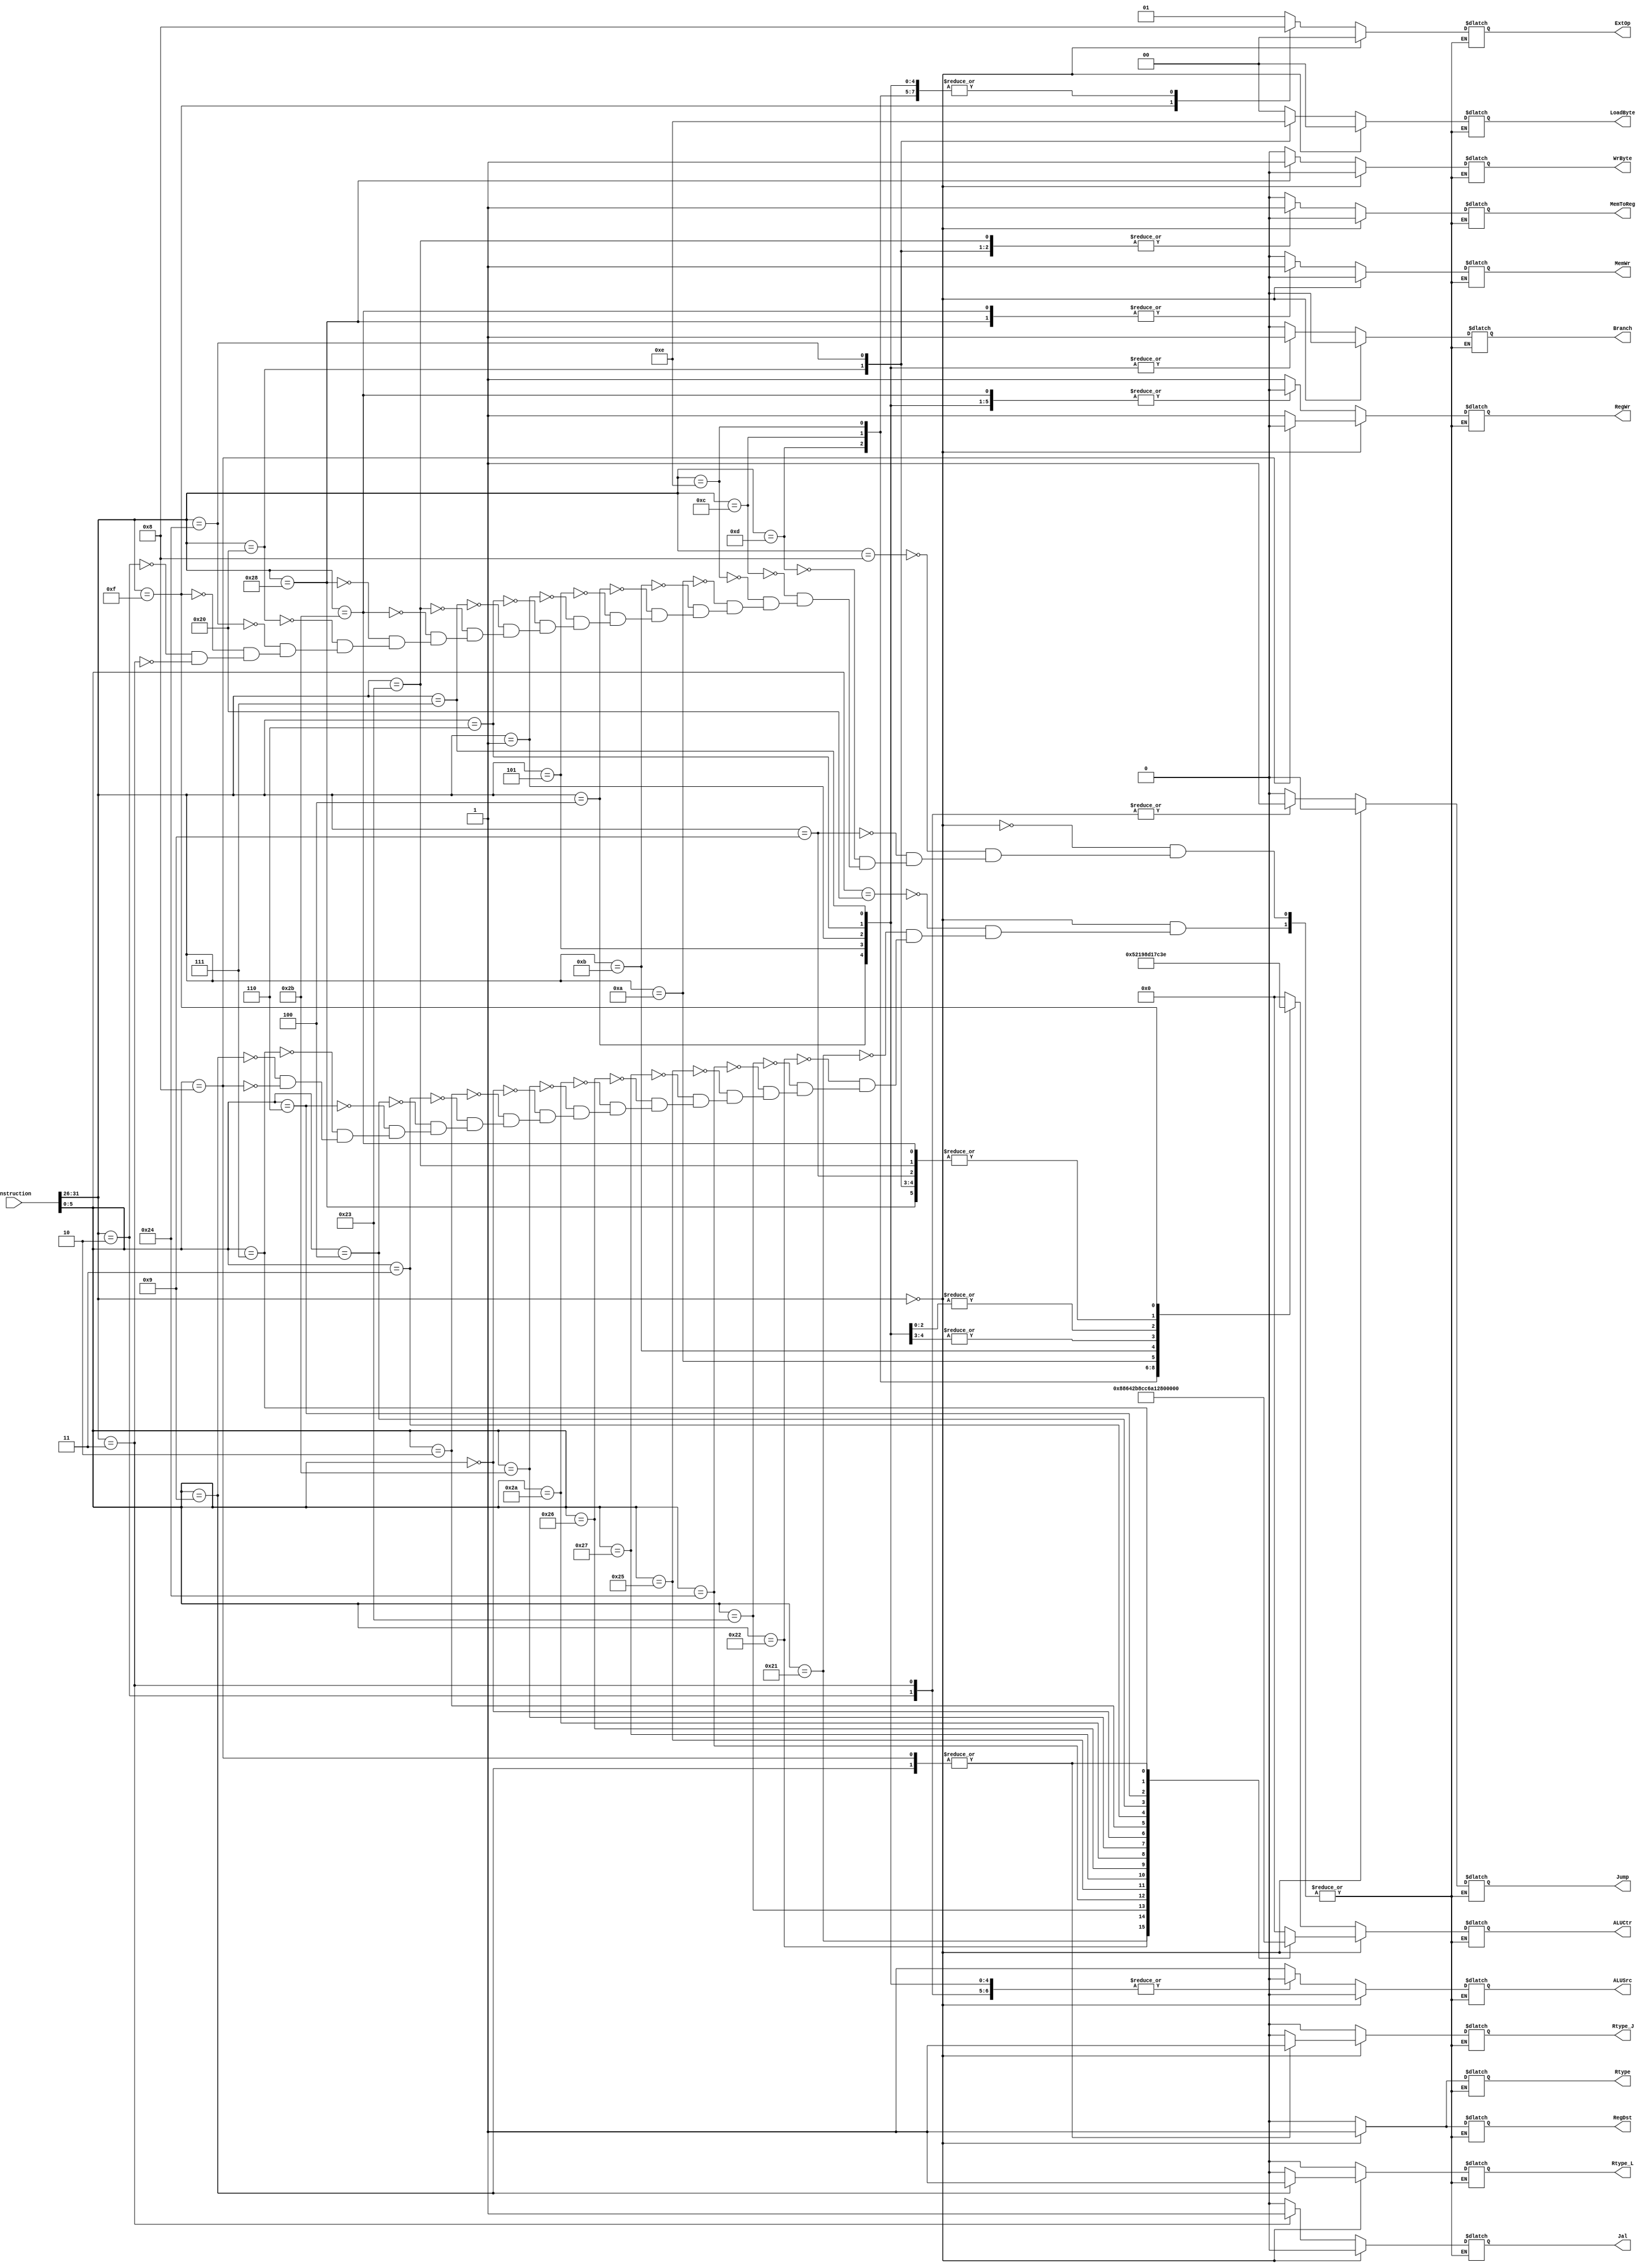
module Control_Unit206(input[32-1:0] Instruction,
                       output reg Branch,
                       output reg Jump,
                       output reg RegDst,
                       output reg ALUSrc,
                       output reg[5-1:0] ALUCtr,
                       output reg MemToReg,
                       output reg RegWr,
                       output reg MemWr,
                       output reg [2-1:0] ExtOp,
                       output reg Rtype,
                       output reg Jal,
                       output reg Rtype_J,
                       output reg Rtype_L,
                       output reg WrByte,
                       output reg[2-1:0] LoadByte);

    //
    wire[6-1:0] OP = Instruction[31:26];
    wire[6-1:0] func = Instruction[5:0];


    always @(*) begin
//  R
        if (OP == 6'b000000) begin 
            case (func)
                6'b100000://add
                begin
                    Branch   <= 0;
                    Jump     <= 0;
                    RegDst   <= 1;
                    ALUSrc   <= 0;
                    ALUCtr   <= 5'b00000;
                    MemToReg <= 0;
                    RegWr    <= 1;
                    MemWr    <= 0;
                    ExtOp    <= 0;
                    Rtype    <= 1;
                    Jal      <= 0;
                    Rtype_J  <= 0;
                    Rtype_L  <= 0;
                    WrByte   <= 0;
                    LoadByte <= 2'b00;

                end
                6'b100001://adu
                begin
                    Branch   <= 0;
                    Jump     <= 0;
                    RegDst   <= 1;
                    ALUSrc   <= 0;
                    ALUCtr   <= 5'b00001;
                    MemToReg <= 0;
                    RegWr    <= 1;
                    MemWr    <= 0;
                    ExtOp    <= 0;
                    Rtype    <= 1;
                    Jal      <= 0;
                    Rtype_J  <= 0;
                    Rtype_L  <= 0;         
                    WrByte   <= 0;
                    LoadByte <= 2'b00;                              
                end
                6'b100010://sub
                begin
                    Branch   <= 0;
                    Jump     <= 0;
                    RegDst   <= 1;
                    ALUSrc   <= 0;
                    ALUCtr   <= 5'b00010;
                    MemToReg <= 0;
                    RegWr    <= 1;
                    MemWr    <= 0;
                    ExtOp    <= 0;
                    Rtype    <= 1;
                    Jal      <= 0;
                    Rtype_J  <= 0;
                    Rtype_L  <= 0;
                    WrByte   <= 0;
                    LoadByte <= 2'b00;                    
                end
                6'b100011://subu
                begin
                    Branch   <= 0;
                    Jump     <= 0;
                    RegDst   <= 1;
                    ALUSrc   <= 0;
                    ALUCtr   <= 5'b00011;
                    MemToReg <= 0;
                    RegWr    <= 1;
                    MemWr    <= 0;
                    ExtOp    <= 0;
                    Rtype    <= 1; 
                    Jal      <= 0;
                    Rtype_J  <= 0;
                    Rtype_L  <= 0;    
                    WrByte   <= 0;
                    LoadByte <= 2'b00;            
                end
                6'b100100://and
                begin
                    Branch   <= 0;
                    Jump     <= 0;
                    RegDst   <= 1;
                    ALUSrc   <= 0;
                    ALUCtr   <= 5'b00100;
                    MemToReg <= 0;
                    RegWr    <= 1;
                    MemWr    <= 0;
                    ExtOp    <= 0;
                    Rtype    <= 1; 
                    Jal      <= 0;
                    Rtype_J  <= 0;
                    Rtype_L  <= 0;
                    WrByte   <= 0;
                    LoadByte <= 2'b00; 
                end
                6'b100101://or
                begin
                    Branch   <= 0;
                    Jump     <= 0;
                    RegDst   <= 1;
                    ALUSrc   <= 0;
                    ALUCtr   <= 5'b00101;
                    MemToReg <= 0;
                    RegWr    <= 1;
                    MemWr    <= 0;
                    ExtOp    <= 0;
                    Rtype    <= 1; 
                    Jal      <= 0;
                    Rtype_J  <= 0;
                    Rtype_L  <= 0;      
                    WrByte   <= 0;
                    LoadByte <= 2'b00;              
                end
                6'b100111://nor
                begin
                    Branch   <= 0;
                    Jump     <= 0;
                    RegDst   <= 1;
                    ALUSrc   <= 0;
                    ALUCtr   <= 5'b01110;
                    MemToReg <= 0;
                    RegWr    <= 1;
                    MemWr    <= 0;
                    ExtOp    <= 0;
                    Rtype    <= 1; 
                    Jal      <= 0;
                    Rtype_J  <= 0;
                    Rtype_L  <= 0;         
                    WrByte   <= 0;
                    LoadByte <= 2'b00;                 
                end
                6'b100110://xor
                begin
                    Branch   <= 0;
                    Jump     <= 0;
                    RegDst   <= 1;
                    ALUSrc   <= 0;
                    ALUCtr   <= 5'b00110;
                    MemToReg <= 0;
                    RegWr    <= 1;
                    MemWr    <= 0;
                    ExtOp    <= 0;
                    Rtype    <= 1; 
                    Jal      <= 0;
                    Rtype_J  <= 0;
                    Rtype_L  <= 0;
                    WrByte   <= 0;
                    LoadByte <= 2'b00;
                end
                6'b101010://slt
                begin
                    Branch   <= 0;
                    Jump     <= 0;
                    RegDst   <= 1;
                    ALUSrc   <= 0;
                    ALUCtr   <= 5'b01100;
                    MemToReg <= 0;
                    RegWr    <= 1;
                    MemWr    <= 0;
                    ExtOp    <= 0;
                    Rtype    <= 1; 
                    Jal      <= 0;
                    Rtype_J  <= 0;
                    Rtype_L  <= 0;
                    WrByte   <= 0;
                    LoadByte <= 2'b00;
                end
                6'b101011://sltu
                begin
                    Branch   <= 0;
                    Jump     <= 0;
                    RegDst   <= 1;
                    ALUSrc   <= 0;
                    ALUCtr   <= 5'b01101;
                    MemToReg <= 0;
                    RegWr    <= 1;
                    MemWr    <= 0;
                    ExtOp    <= 0;
                    Rtype    <= 1; 
                    Jal      <= 0;
                    Rtype_J  <= 0;
                    Rtype_L  <= 0;    
                    WrByte   <= 0;
                    LoadByte <= 2'b00;            
                end
                6'b000000://sll
                begin
                    Branch   <= 0;
                    Jump     <= 0;
                    RegDst   <= 1;
                    ALUSrc   <= 0;
                    ALUCtr   <= 5'b01000;
                    MemToReg <= 0;
                    RegWr    <= 1;
                    MemWr    <= 0;
                    ExtOp    <= 0;
                    Rtype    <= 1; 
                    Jal      <= 0;
                    Rtype_J  <= 0;
                    Rtype_L  <= 0;    
                    WrByte   <= 0;
                    LoadByte <= 2'b00;               
                end
                6'b000010://srl
                begin
                    Branch   <= 0;
                    Jump     <= 0;
                    RegDst   <= 1;
                    ALUSrc   <= 0;
                    ALUCtr   <= 5'b01001;
                    MemToReg <= 0;
                    RegWr    <= 1;
                    MemWr    <= 0;
                    ExtOp    <= 0;
                    Rtype    <= 1; 
                    Jal      <= 0;
                    Rtype_J  <= 0;
                    Rtype_L  <= 0;    
                    WrByte   <= 0;
                    LoadByte <= 2'b00;               
                end
                6'b000011://sra
                begin
                    Branch   <= 0;
                    Jump     <= 0;
                    RegDst   <= 1;
                    ALUSrc   <= 0;
                    ALUCtr   <= 5'b01011;
                    MemToReg <= 0;
                    RegWr    <= 1;
                    MemWr    <= 0;
                    ExtOp    <= 0;
                    Rtype    <= 1; 
                    Jal      <= 0;
                    Rtype_J  <= 0;
                    Rtype_L  <= 0;    
                    WrByte   <= 0;
                    LoadByte <= 2'b00;               
                end
                6'b000100://sllv
                begin
                    Branch   <= 0;
                    Jump     <= 0;
                    RegDst   <= 1;
                    ALUSrc   <= 0;
                    ALUCtr   <= 5'b01111;
                    MemToReg <= 0;
                    RegWr    <= 1;
                    MemWr    <= 0;
                    ExtOp    <= 0;
                    Rtype    <= 1; 
                    Jal      <= 0;
                    Rtype_J  <= 0;
                    Rtype_L  <= 0;    
                    WrByte   <= 0;
                    LoadByte <= 2'b00;              
                end
                6'b000110://srlv
                begin
                    Branch   <= 0;
                    Jump     <= 0;
                    RegDst   <= 1;
                    ALUSrc   <= 0;
                    ALUCtr   <= 5'b10000;
                    MemToReg <= 0;
                    RegWr    <= 1;
                    MemWr    <= 0;
                    ExtOp    <= 0;
                    Rtype    <= 1; 
                    Jal      <= 0;
                    Rtype_J  <= 0;
                    Rtype_L  <= 0;    
                    WrByte   <= 0;
                    LoadByte <= 2'b00;              
                end
                6'b000111://srav
                begin
                    Branch   <= 0;
                    Jump     <= 0;
                    RegDst   <= 1;
                    ALUSrc   <= 0;
                    ALUCtr   <= 5'b10010;
                    MemToReg <= 0;
                    RegWr    <= 1;
                    MemWr    <= 0;
                    ExtOp    <= 0;
                    Rtype    <= 1; 
                    Jal      <= 0;
                    Rtype_J  <= 0;
                    Rtype_L  <= 0;    
                    WrByte   <= 0;
                    LoadByte <= 2'b00;              
                end
                6'b001001://Jalr
                begin
                    Branch   <= 0;
                    Jump     <= 0;
                    RegDst   <= 1;
                    ALUSrc   <= 0;
                    ALUCtr   <= 5'b11111;
                    MemToReg <= 0;
                    RegWr    <= 1;
                    MemWr    <= 0;
                    ExtOp    <= 0;
                    Rtype    <= 1; 
                    Jal      <= 0;
                    Rtype_J  <= 1;
                    Rtype_L  <= 1;    
                    WrByte   <= 0;
                    LoadByte <= 2'b00;                    
                end
                6'b001000://Jr
                begin
                    Branch   <= 0;
                    Jump     <= 0;
                    RegDst   <= 1;
                    ALUSrc   <= 0;
                    ALUCtr   <= 5'b11111;
                    MemToReg <= 0;
                    RegWr    <= 0;
                    MemWr    <= 0;
                    ExtOp    <= 0;
                    Rtype    <= 1; 
                    Jal      <= 0;
                    Rtype_J  <= 1;
                    Rtype_L  <= 0;    
                    WrByte   <= 0;
                    LoadByte <= 2'b00;                    
                end
            endcase
        end
//  I/J
        else begin // R
            case (OP)
//      ALUI
                6'b001000://addi
                begin
                    Branch   <= 0;
                    Jump     <= 0;
                    RegDst   <= 0;
                    ALUSrc   <= 1;
                    ALUCtr   <= 5'b00000;
                    MemToReg <= 0;
                    RegWr    <= 1;
                    MemWr    <= 0;
                    ExtOp    <= 1;
                    Rtype    <= 0; 
                    Jal      <= 0;
                    Rtype_J  <= 0;
                    Rtype_L  <= 0;    
                    WrByte   <= 0;
                    LoadByte <= 2'b00;              
                end
                6'b001001://addiu
                begin
                    Branch   <= 0;
                    Jump     <= 0;
                    RegDst   <= 0;
                    ALUSrc   <= 1;
                    ALUCtr   <= 5'b00001;
                    MemToReg <= 0;
                    RegWr    <= 1;
                    MemWr    <= 0;
                    ExtOp    <= 1;
                    Rtype    <= 0; 
                    Jal      <= 0;
                    Rtype_J  <= 0;
                    Rtype_L  <= 0;
                    WrByte   <= 0;
                    LoadByte <= 2'b00;
                end
                6'b001101://Ori
                begin
                    Branch   <= 0;
                    Jump     <= 0;
                    RegDst   <= 0;
                    ALUSrc   <= 1;
                    ALUCtr   <= 5'b00101;
                    MemToReg <= 0;
                    RegWr    <= 1;
                    MemWr    <= 0;
                    ExtOp    <= 0;
                    Rtype    <= 0;
                    Jal      <= 0;
                    Rtype_J  <= 0;
                    Rtype_L  <= 0;
                    WrByte   <= 0;
                    LoadByte <= 2'b00;
                end
                6'b001100://andi
                begin
                    Branch   <= 0;
                    Jump     <= 0;
                    RegDst   <= 0;
                    ALUSrc   <= 1;
                    ALUCtr   <= 5'b00100;
                    MemToReg <= 0;
                    RegWr    <= 1;
                    MemWr    <= 0;
                    ExtOp    <= 0;
                    Rtype    <= 0; 
                    Jal      <= 0;
                    Rtype_J  <= 0;
                    Rtype_L  <= 0;
                    WrByte   <= 0;
                    LoadByte <= 2'b00;
                end
                6'b001110://xori
                begin
                    Branch   <= 0;
                    Jump     <= 0;
                    RegDst   <= 0;
                    ALUSrc   <= 1;
                    ALUCtr   <= 5'b00110;
                    MemToReg <= 0;
                    RegWr    <= 1;
                    MemWr    <= 0;
                    ExtOp    <= 0;
                    Rtype    <= 0; 
                    Jal      <= 0;
                    Rtype_J  <= 0;
                    Rtype_L  <= 0;
                    WrByte   <= 0;
                    LoadByte <= 2'b00;
                end
                6'b001010://slti
                begin
                    Branch   <= 0;
                    Jump     <= 0;
                    RegDst   <= 0;
                    ALUSrc   <= 1;
                    ALUCtr   <= 5'b01100;
                    MemToReg <= 0;
                    RegWr    <= 1;
                    MemWr    <= 0;
                    ExtOp    <= 1;
                    Rtype    <= 0;
                    Jal      <= 0;
                    Rtype_J  <= 0;
                    Rtype_L  <= 0;
                    WrByte   <= 0;
                    LoadByte <= 2'b00;
                end
                6'b001011://sltiu
                begin
                    Branch   <= 0;
                    Jump     <= 0;
                    RegDst   <= 0;
                    ALUSrc   <= 1;
                    ALUCtr   <= 5'b01101;
                    MemToReg <= 0;
                    RegWr    <= 1;
                    MemWr    <= 0;
                    ExtOp    <= 1;
                    Rtype    <= 0;
                    Jal      <= 0;
                    Rtype_J  <= 0;
                    Rtype_L  <= 0;
                    WrByte   <= 0;
                    LoadByte <= 2'b00;
                end                                
//      Branch-I
                6'b000100://beq
                begin
                    Branch   <= 1;
                    Jump     <= 0;
                    RegDst   <= 0;
                    ALUSrc   <= 0;
                    ALUCtr   <= 5'b00010;
                    MemToReg <= 0;
                    RegWr    <= 0;
                    MemWr    <= 0;
                    ExtOp    <= 0;
                    Rtype    <= 0;
                    Jal      <= 0;
                    Rtype_J  <= 0;
                    Rtype_L  <= 0;
                    WrByte   <= 0;
                    LoadByte <= 2'b00;
                end
                6'b000101://bne
                begin
                    Branch   <= 1;
                    Jump     <= 0;
                    RegDst   <= 0;
                    ALUSrc   <= 0;
                    ALUCtr   <= 5'b00010;
                    MemToReg <= 0;
                    RegWr    <= 0;
                    MemWr    <= 0;
                    ExtOp    <= 0;
                    Rtype    <= 0;
                    Jal      <= 0;
                    Rtype_J  <= 0;
                    Rtype_L  <= 0;
                    WrByte   <= 0;
                    LoadByte <= 2'b00;                    
                end
                6'b000001://bgez or bltz
                begin
                    Branch   <= 1;
                    Jump     <= 0;
                    RegDst   <= 0;
                    ALUSrc   <= 0;
                    ALUCtr   <= 5'b11111;
                    MemToReg <= 0;
                    RegWr    <= 0;
                    MemWr    <= 0;
                    ExtOp    <= 0;
                    Rtype    <= 0;
                    Jal      <= 0;
                    Rtype_J  <= 0;
                    Rtype_L  <= 0;
                    WrByte   <= 0;
                    LoadByte <= 2'b00;
                end 
                6'b000110://blez
                begin
                    Branch   <= 1;
                    Jump     <= 0;
                    RegDst   <= 0;
                    ALUSrc   <= 0;
                    ALUCtr   <= 5'b11111;
                    MemToReg <= 0;
                    RegWr    <= 0;
                    MemWr    <= 0;
                    ExtOp    <= 0;
                    Rtype    <= 0;
                    Jal      <= 0;
                    Rtype_J  <= 0;
                    Rtype_L  <= 0;
                    WrByte   <= 0;
                    LoadByte <= 2'b00;
                end 
                6'b000111://bgtz
                begin
                    Branch   <= 1;
                    Jump     <= 0;
                    RegDst   <= 0;
                    ALUSrc   <= 0;
                    ALUCtr   <= 5'b11111;
                    MemToReg <= 0;
                    RegWr    <= 0;
                    MemWr    <= 0;
                    ExtOp    <= 0;
                    Rtype    <= 0;
                    Jal      <= 0;
                    Rtype_J  <= 0;
                    Rtype_L  <= 0;
                    WrByte   <= 0;
                    LoadByte <= 2'b00;
                end  
//      Save/Load-I
                6'b100011://lw
                begin
                    Branch   <= 0;
                    Jump     <= 0;
                    RegDst   <= 0;
                    ALUSrc   <= 1;
                    ALUCtr   <= 5'b00001;
                    MemToReg <= 1;
                    RegWr    <= 1;
                    MemWr    <= 0;
                    ExtOp    <= 1;
                    Rtype    <= 0;
                    Jal      <= 0;
                    Rtype_J  <= 0;
                    Rtype_L  <= 0;
                    WrByte   <= 0;
                    LoadByte <= 2'b00;
                end
                6'b101011://sw
                begin
                    Branch   <= 0;
                    Jump     <= 0;
                    RegDst   <= 0;
                    ALUSrc   <= 1;
                    ALUCtr   <= 5'b00001;
                    MemToReg <= 0;
                    RegWr    <= 0;
                    MemWr    <= 1;
                    ExtOp    <= 1;
                    Rtype    <= 0;
                    Jal      <= 0;
                    Rtype_J  <= 0;
                    Rtype_L  <= 0;
                    WrByte   <= 0;
                    LoadByte <= 2'b00;
                end
                6'b101000://sb
                begin
                    Branch   <= 0;
                    Jump     <= 0;
                    RegDst   <= 0;
                    ALUSrc   <= 1;
                    ALUCtr   <= 5'b00001;
                    MemToReg <= 0;
                    RegWr    <= 0;
                    MemWr    <= 1;
                    ExtOp    <= 1;
                    Rtype    <= 0;
                    Jal      <= 0;
                    Rtype_J  <= 0;
                    Rtype_L  <= 0;
                    WrByte   <= 1;
                    LoadByte <= 2'b00;
                end     
                6'b100000://lb
                begin
                    Branch   <= 0;
                    Jump     <= 0;
                    RegDst   <= 0;
                    ALUSrc   <= 1;
                    ALUCtr   <= 5'b00001;
                    MemToReg <= 1;
                    RegWr    <= 1;
                    MemWr    <= 0;
                    ExtOp    <= 1;
                    Rtype    <= 0;
                    Jal      <= 0;
                    Rtype_J  <= 0;
                    Rtype_L  <= 0;
                    WrByte   <= 0;
                    LoadByte <= 2'b11;
                end   
                6'b100100://lbu
                begin
                    Branch   <= 0;
                    Jump     <= 0;
                    RegDst   <= 0;
                    ALUSrc   <= 1;
                    ALUCtr   <= 5'b00001;
                    MemToReg <= 1;
                    RegWr    <= 1;
                    MemWr    <= 0;
                    ExtOp    <= 1;
                    Rtype    <= 0;
                    Jal      <= 0;
                    Rtype_J  <= 0;
                    Rtype_L  <= 0;
                    WrByte   <= 0;
                    LoadByte <= 2'b10;
                end     
//      
                6'b001111://lui
                begin
                    Branch   <= 0;
                    Jump     <= 0;
                    RegDst   <= 0;
                    ALUSrc   <= 1;
                    ALUCtr   <= 5'b11110;
                    MemToReg <= 0;
                    RegWr    <= 1;
                    MemWr    <= 0;
                    ExtOp    <= 2'b10;
                    Rtype    <= 0;
                    Jal      <= 0;
                    Rtype_J  <= 0;
                    Rtype_L  <= 0;
                    WrByte   <= 0;
                    LoadByte <= 2'b00;
                end                     
//      JUMP-J
                6'b000010://J
                begin
                    Branch   <= 0;
                    Jump     <= 1;
                    RegDst   <= 1'b0;
                    ALUSrc   <= 1'b0;
                    ALUCtr   <= 5'b00000;
                    MemToReg <= 1'b0;
                    RegWr    <= 0;
                    MemWr    <= 0;
                    ExtOp    <= 1'b0;
                    Rtype    <= 0; 
                    Jal      <= 0;
                    Rtype_J  <= 0;
                    Rtype_L  <= 0;    
                    WrByte   <= 0;
                    LoadByte <= 2'b00;            
                end          
                6'b000011://Jal
                begin
                    Branch   <= 0;
                    Jump     <= 1;
                    RegDst   <= 1'b0;
                    ALUSrc   <= 1'b0;
                    ALUCtr   <= 5'b00000;
                    MemToReg <= 1'b0;
                    RegWr    <= 1;
                    MemWr    <= 0;
                    ExtOp    <= 1'b0;
                    Rtype    <= 0; 
                    Jal      <= 1;
                    Rtype_J  <= 0;
                    Rtype_L  <= 0;    
                    WrByte   <= 0;
                    LoadByte <= 2'b00;            
                end          
            endcase
        end
    end  
//  end always
endmodule